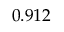
0 . 9 1 2 ^ { }